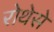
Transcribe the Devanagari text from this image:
रोथेसे